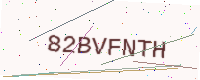
Text: 82BVFNTH